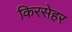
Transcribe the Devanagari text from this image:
किरसेहर